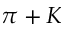
\pi + K